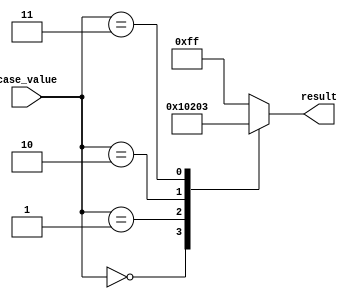
module case_statement_example(
    input [3:0] case_value,
    output reg [7:0] result
);

initial begin
    case(case_value)
        4'b0000: result = 8'b00000000;
        4'b0001: result = 8'b00000001;
        4'b0010: result = 8'b00000010;
        4'b0011: result = 8'b00000011;
        default: result = 8'b11111111;
    endcase
end

endmodule